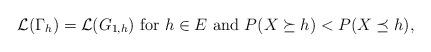
LaTeX: \begin{align*}\mathcal{L}(\Gamma_h) =\mathcal{L}(G_{1,h}){\rm ~{for}~} h \in E {\rm ~{and}~} P(X\succeq h)< P(X \preceq h),\end{align*}